Eesti_Ajutise_Maavalitsuse_haridusosakond, lk 13
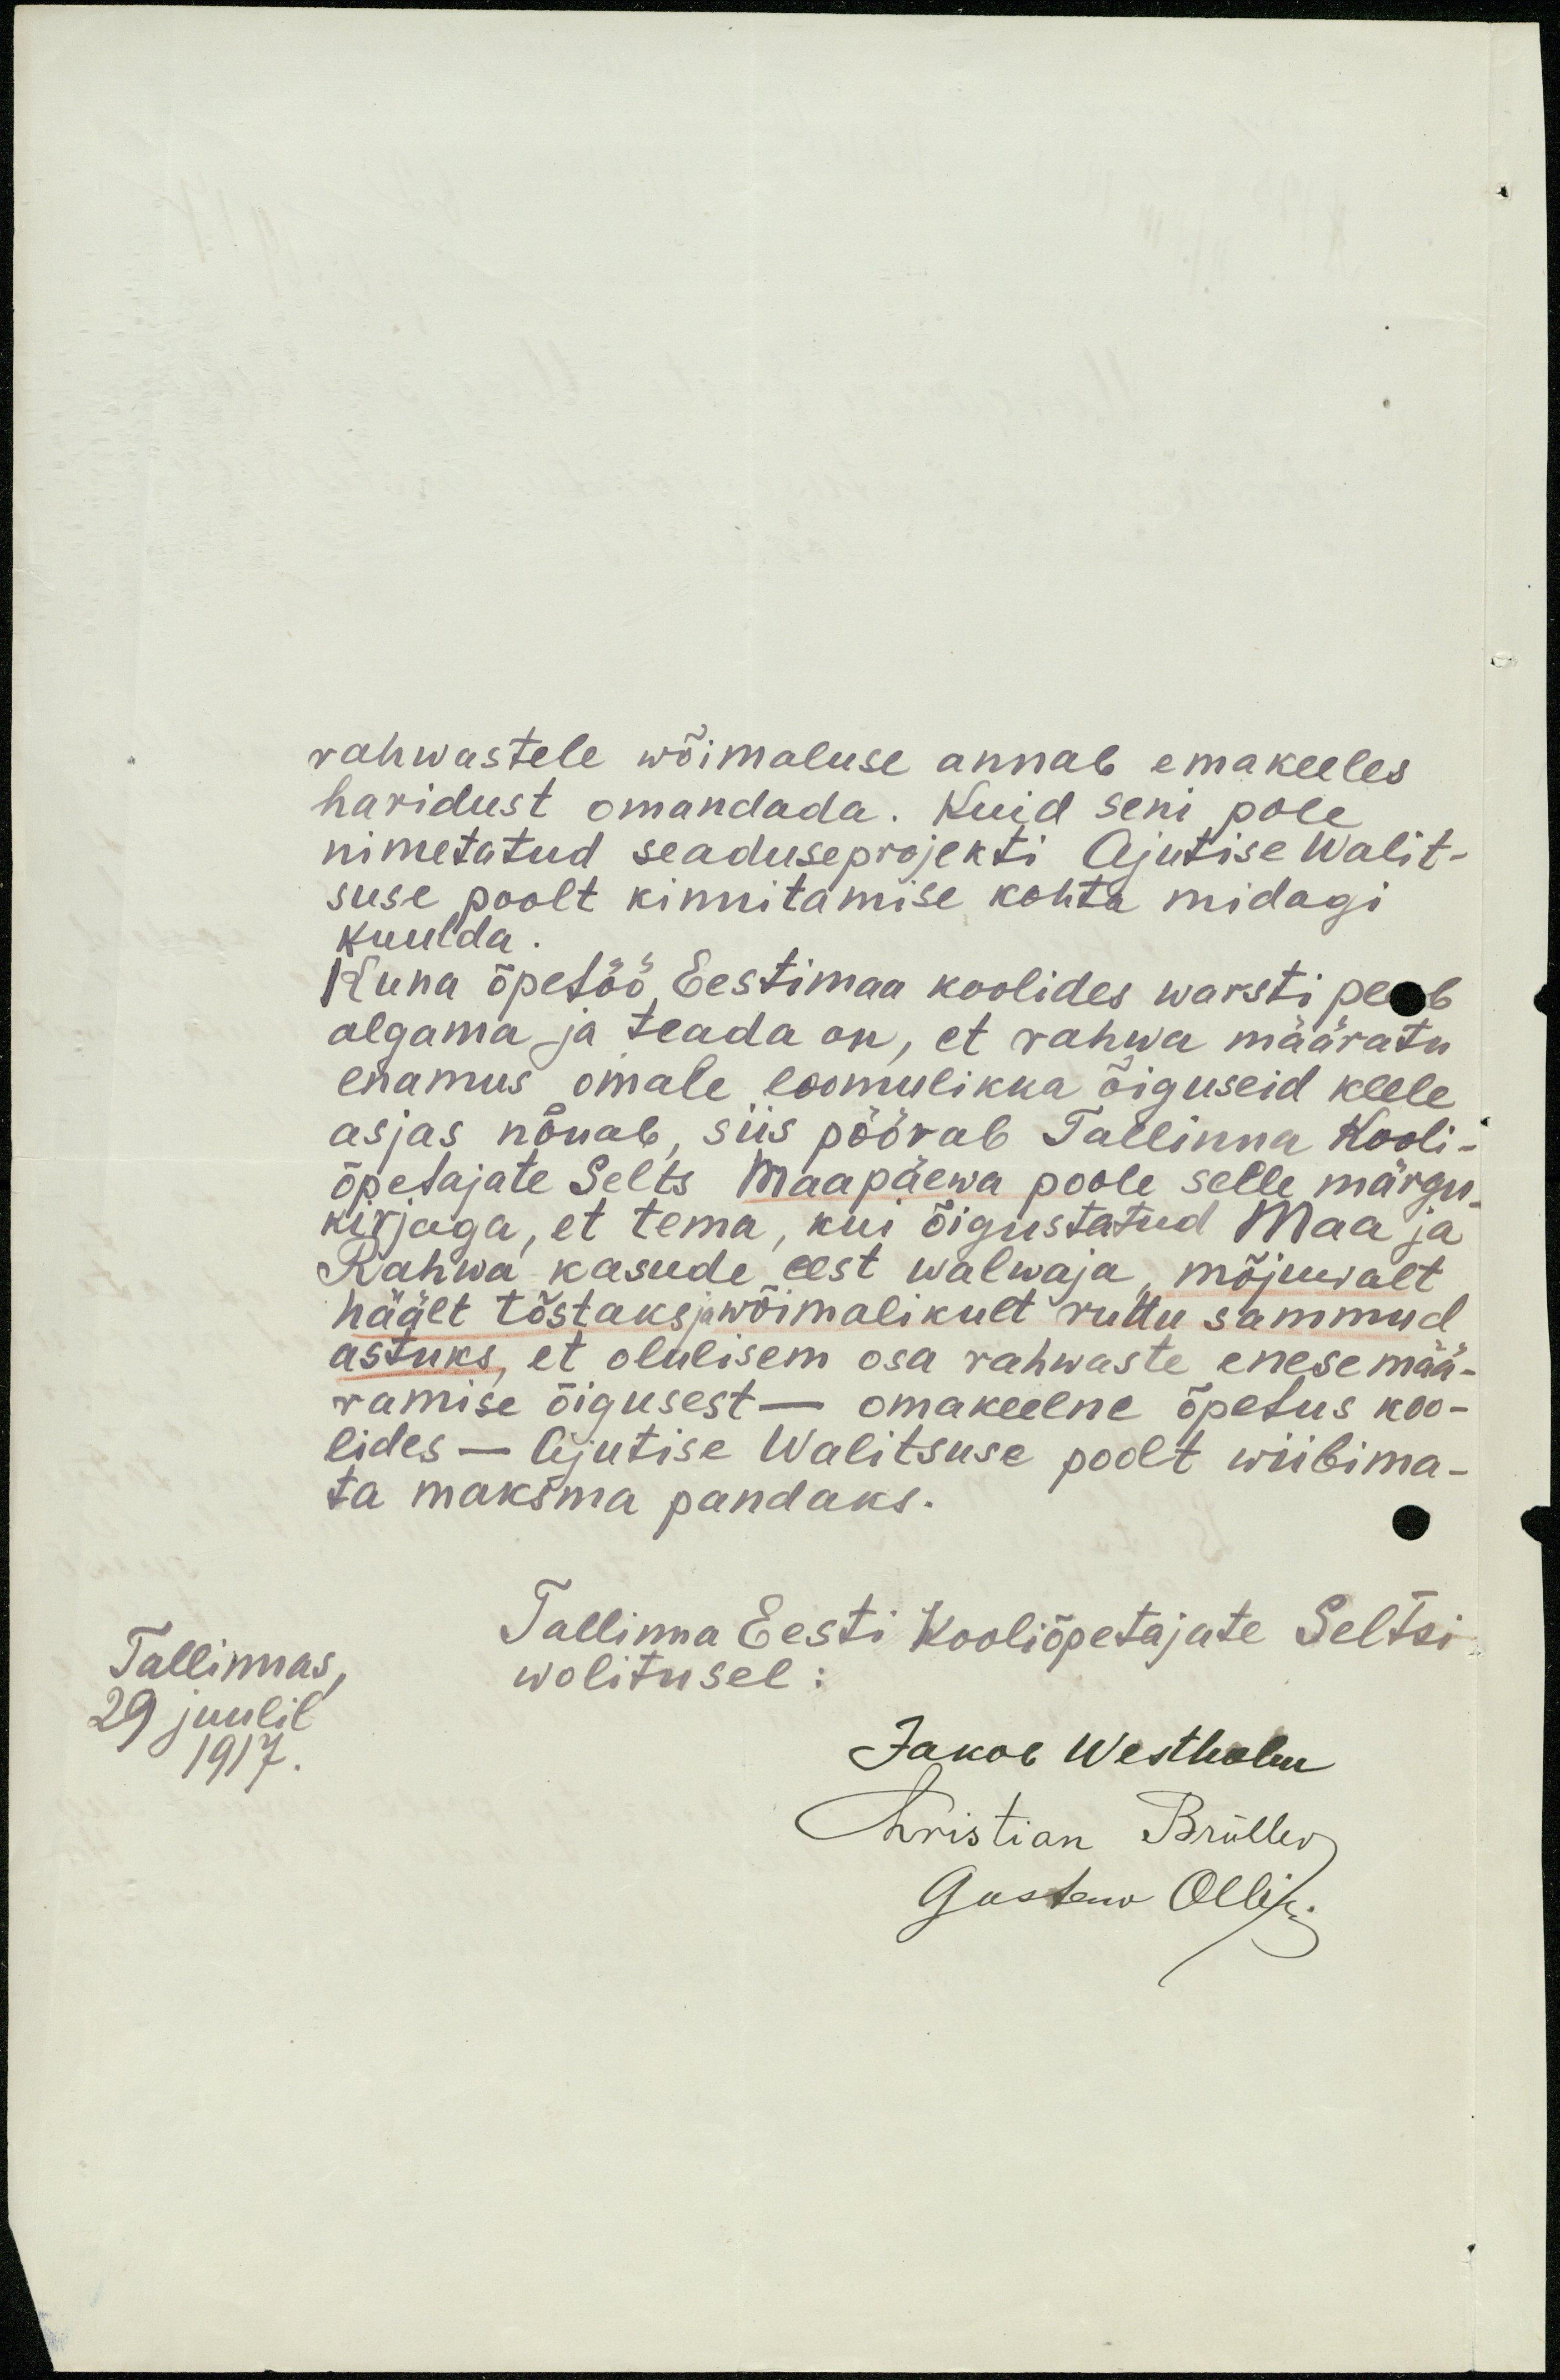
rahwastele wõimaluse annab emakeeles
haridust omandada. Kuid seni pole
nimetatud seaduseprojekti Ajutise Walit-
suse poolt kinnitamise kohta midagi
kuulda
Kuna õpetöö Eestimaa koolides warsti peab
algama ja teada on, et rahwa määratu
enamus omale loomulikka õiguseid keele
asjas nõuab, siis pöörab Tallinna Kooli-
õpetajate Selts Maapäewa poole selle märgu-
kirjaga, et tema, kui õigustatud Maa ja
Rahwa kasude eest walwaja, mõjuwalt
häält tõstaks ja wõimalikult ruttu sammud
astuks, et olulisem osa rahwaste enesemää-
ramise õigusest – omakeelne õpetus koo-
lides - Ajutise Walitsuse poolt wiibima-
ta maksma pandaks.
Tallinnas,
Tallinna Eesti Kooliõpetajate Seltsi-
wolitusel:
29 juulil
1917.
Jakob Westholm
Christian Brüller
Gustaw Ollik.